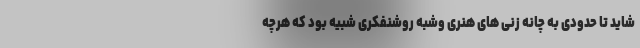
شاید تا حدودی به چانه زنی های هنری وشبه روشنفکری شبیه بود که هرچه